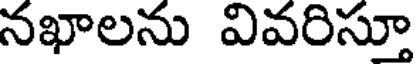
నఖాలను వివరిస్తూ